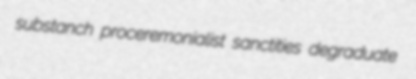
substanch proceremonialist sanctities degraduate